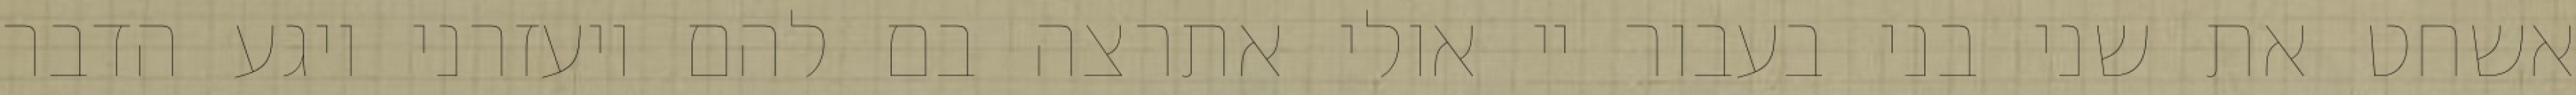
אשחט את שני בני בעבור יי אולי אתרצה בם להם ויעזרני ויגע הדבר